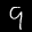
Label: 9